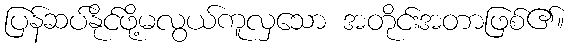
ပြန်ဆပ်နိုင်ဖို့မလွယ်ကူလှသော အတိုင်းအတာဖြစ်၏။